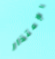
الإعتذار